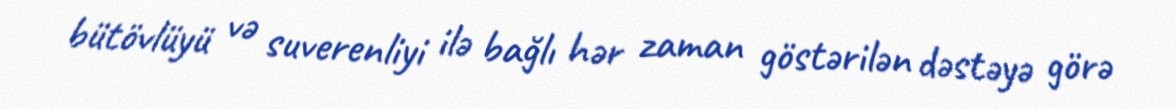
bütövlüyü və suverenliyi ilə bağlı hər zaman göstərilən dəstəyə görə